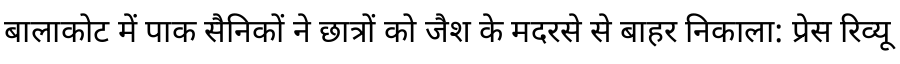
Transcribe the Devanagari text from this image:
बालाकोट में पाक सैनिकों ने छात्रों को जैश के मदरसे से बाहर निकाला: प्रेस रिव्यू